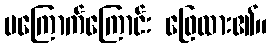
မကြောက်ကြောင်း ဖြေထား၏။